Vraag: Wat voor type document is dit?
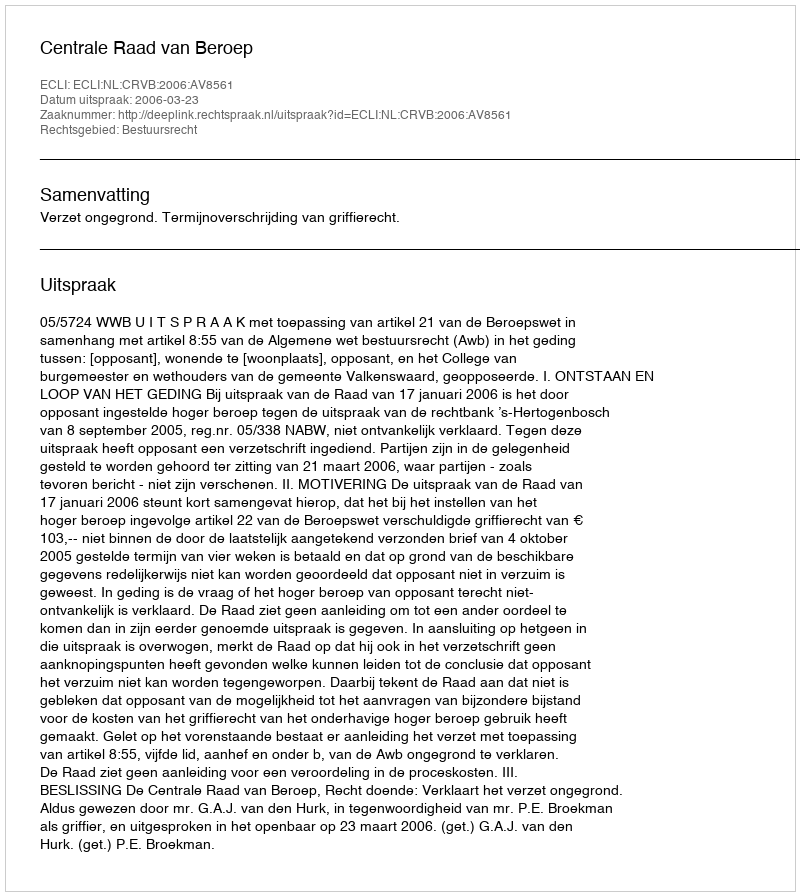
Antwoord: Uitspraak